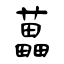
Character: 藟